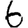
Digit: 6